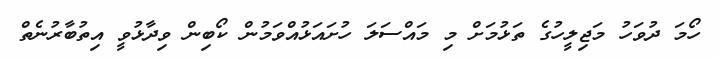
ހޯމަ ދުވަހު މަޖިލީހުގެ ތަޅުމަށް މި މައްސަލަ ހުށައަޅުއްވަމުން ކޯބިން ވިދާޅުވީ އިތުބާރުނެތް